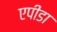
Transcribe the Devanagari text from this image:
एपीडा